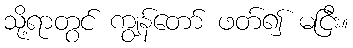
သို့ရာတွင် ကျွန်တော် ဖတ်၍ မငြီး။